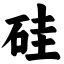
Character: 硅